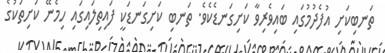
ތަނބިކަށި އުފެދުމުގައި ބައިވެރިވާ ކަށިގަނޑެކެވެ. ތަނބި ކަށިގަނޑަކީ ފައިތިލައިގައި ހިމެނޭ ކަށިތަކުގެ